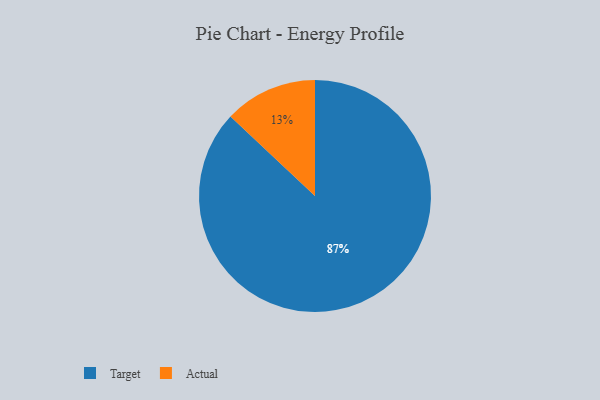
{"axis": {"x": "Category", "y": "Percentage"}, "legend": ["Actual", "Target"], "data": [{"x": "Target", "y": 87, "type": "Target"}, {"x": "Actual", "y": 13, "type": "Actual"}]}